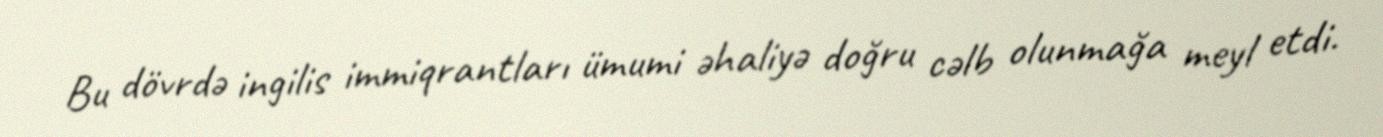
Bu dövrdə ingilis immiqrantları ümumi əhaliyə doğru cəlb olunmağa meyl etdi.